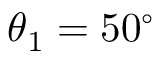
\theta _ { 1 } = 5 0 ^ { \circ }